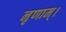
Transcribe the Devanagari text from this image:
नृणाम्‌।